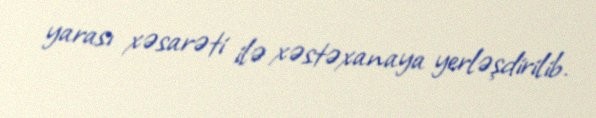
yarası xəsarəti ilə xəstəxanaya yerləşdirilib.